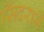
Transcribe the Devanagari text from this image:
सिंदराजे